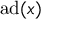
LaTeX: \operatorname { a d } ( x )